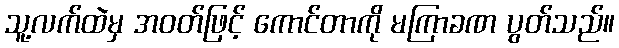
သူ့လက်ထဲမှ အဝတ်ဖြင့် ကောင်တာကို မကြာခဏ ပွတ်သည်။